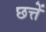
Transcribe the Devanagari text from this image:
छत्तें